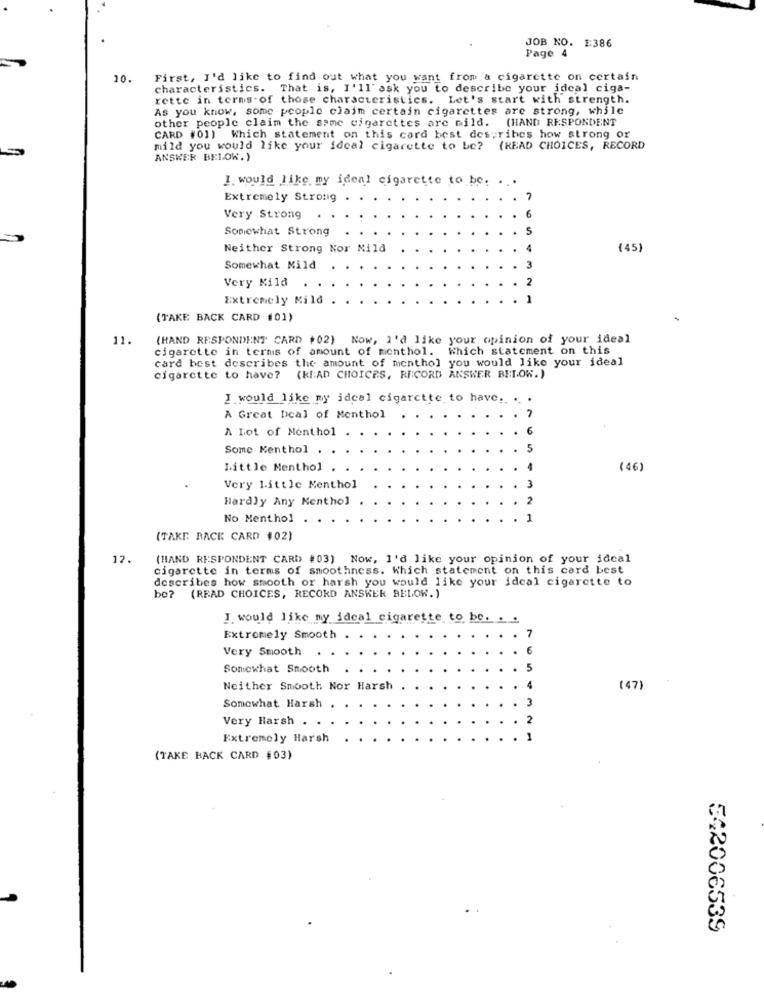
JOB NO. E386
Page 4
10.
First, I'd like to find out what you want from a cigarette on certain
characteristics. That is, I'll' ask you to describe your ideal ciga-
rette in terms of those characteristics. Let's start with strength.
As you know, some people claim certain cigarettes are strong, while
other people claim the same cigarettes are mild. (HAND RESPONDENT
CARD #01) Which statement on this card best des ribes how strong or
mild you would like your ideal cigarette to be? (READ CHOICES, RECORD
ANSWER BELOW.)
I. would like my ideal cigarette to be.
Extremely Strong
-
Very Strong
Somewhat Strong
Neither Strong Nor Mild
(45)
Somewhat Mild
Very Mild
Extremely Mild
(TAKE BACK CARD (01)
11.
(HAND RESPONDENT CARD #02) Now, I'd like your opinion of your ideal
cigarette in terms of amount of menthol. Which statement on this
card best describes the amount of menthol you would like your ideal
cigarette to have? (kl:AD CHOICES, RECORD ANSWER BELOW.)
I would like my ideal cigarette to have .. ..
A Great Deal of Menthol
A Lot of Menthol
Some Kenthol
5
Little Menthol
(46)
Very Little Menthol
Hardly Any Kenthol
No Menthol
(TAKE BACK CARD #02)
12.
(HAND RESPONDENT CARD #03) Now, I'd like your opinion of your ideal
cigarette in terms of smoothness. Which statement on this card best
describes how smooth or harsh you would like your ideal cigarette to
be? (READ CHOICES, RECORD ANSKER BELOW.)
J. would like my ideal cigarette to be. ..
Extremely Smooth
Very Smooth
Somewhat Smooth
Neither Smooth Nor Harsh
(47)
Somewhat Harsh
Very Harsh .
Extremely Harsh
(TAKE BACK CARD #03)
542006539